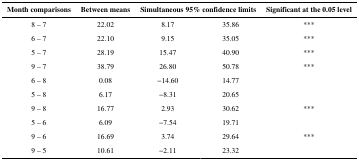
| Month comparisons | Between means | <COLSPAN=2> Simultaneous 95% confidence limits | Significant at the 0.05 level |
 | --- | --- | --- | --- | --- |
 | 8 – 7 | 22.02 | 8.17 | 35.86 | *** |
 | 6 – 7 | 22.10 | 9.15 | 35.05 | *** |
 | 5 – 7 | 28.19 | 15.47 | 40.90 | *** |
 | 9 – 7 | 38.79 | 26.80 | 50.78 | *** |
 | 6 – 8 | 0.08 | −14.60 | 14.77 |  |
 | 5 – 8 | 6.17 | −8.31 | 20.65 |  |
 | 9 – 8 | 16.77 | 2.93 | 30.62 | *** |
 | 5 – 6 | 6.09 | −7.54 | 19.71 |  |
 | 9 – 6 | 16.69 | 3.74 | 29.64 | *** |
 | 9 – 5 | 10.61 | −2.11 | 23.32 |  |